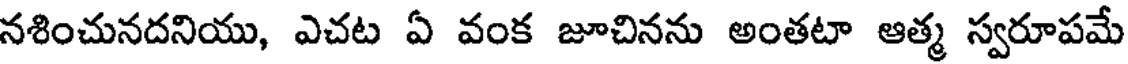
నశించునదనియు, ఎచట ఏ వంక జూచినను అంతటా ఆత్మ స్వరూపమే